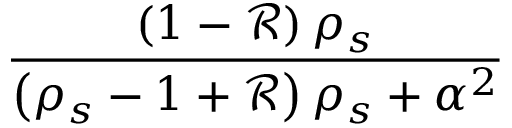
\frac { \left( 1 - \mathcal { R } \right) \rho _ { s } } { \left( \rho _ { s } - 1 + \mathcal { R } \right) \rho _ { s } + \alpha ^ { 2 } }